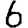
Digit: 6